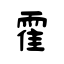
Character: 霍